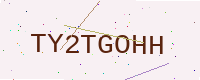
Text: TY2TGOHH